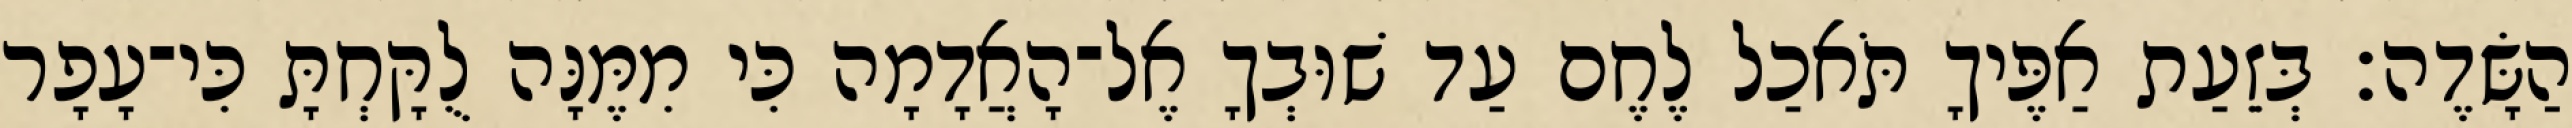
הַשָּׂדֶה׃ בְּזֵעַת אַפֶּיךָ תֹּאכַל לֶחֶם עַד שׁוּבְךָ אֶל־הָאֲדָמָה כִּי מִמֶּנָּה לֻקָּחְתָּ כִּי־עָפָר